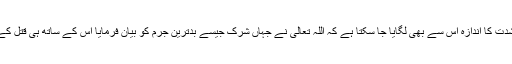
یقینا یہ اللہ تعالیٰ کے غضب کو دعوت دینا ہے ، اس جرم کی شدت کا اندازہ اس سے بھی لگایا جا سکتا ہے کہ اللہ تعالیٰ نے جہاں شرک جیسے بدترین جرم کو بیان فرمایا اس کے ساتھ ہی قتل کے گناہ کو بھی بیان فرمایا قرآن پاک میں اللہ تعالیٰ کا ارشاد ہے۔